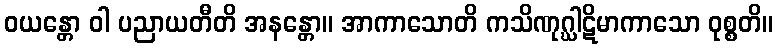
ဝယန္တော ဝါ ပညာယတီတိ အနန္တော။ အာကာသောတိ ကသိဏုဂ္ဃါဋိမာကာသော ဝုစ္စတိ။